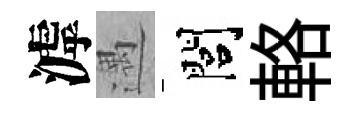
滹遇閭輅